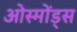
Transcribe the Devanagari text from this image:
ओस्मोंड्स